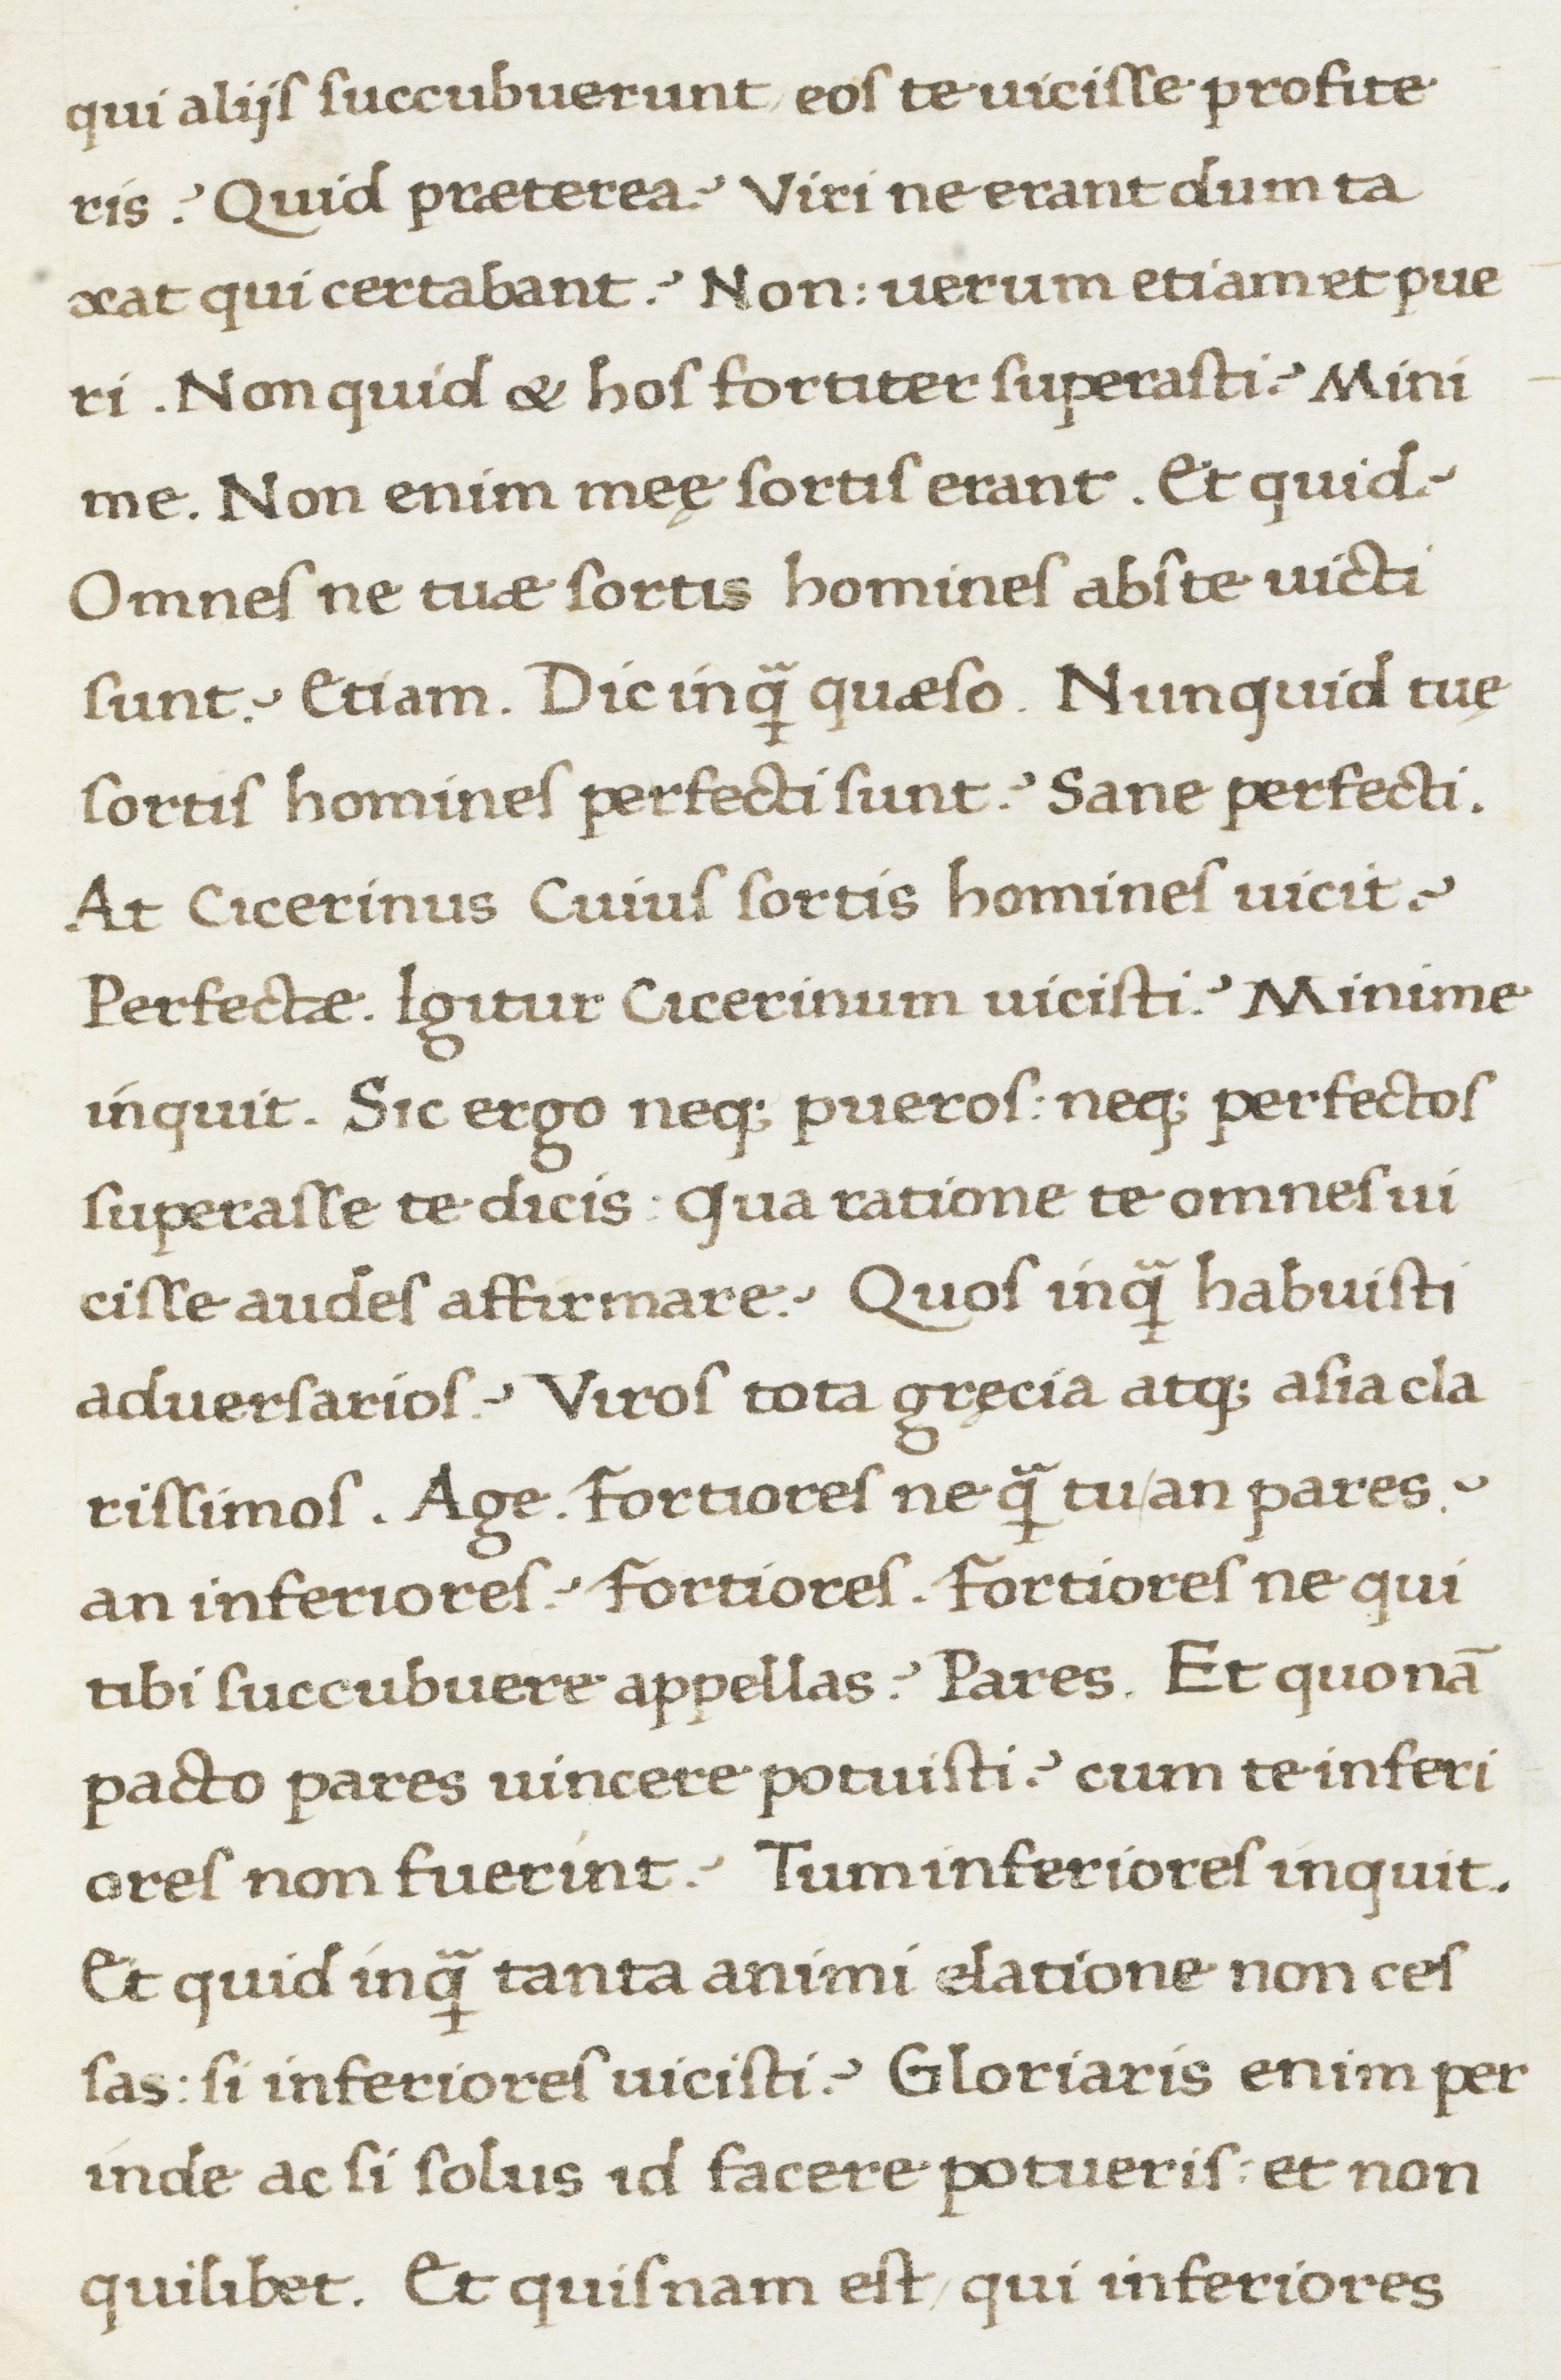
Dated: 1467–1468